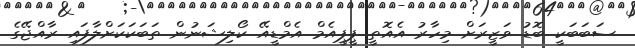
ސަބަބަކީ ބޮޑު ވަޒީރަށް މިހާރު އެއޮތީ ޕީޕީއެމް އެމްޑީއޭ ކޯލިޝަނުން ތަބަކަކަށްލާފައި ރާއްޖޭގެ